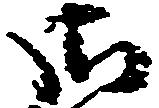
御